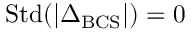
\mathrm { S t d } ( | \Delta _ { \mathrm { B C S } } | ) = 0